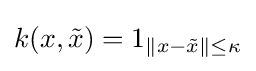
k(x,{\tilde {x}})=1_{\|x-{\tilde {x}}\|\leq \kappa }